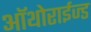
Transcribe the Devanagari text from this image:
ऑथोराईज्ड